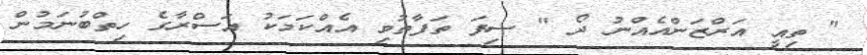
" ތިއީ އަރްޒަންއެއްނު ދޯ " ސިފަ ތަފާތުވި އެއްކަމަކު އަސްރާގެ ހިތްބުނަމުން